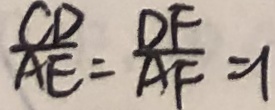
\frac { C D } { A E } = \frac { D F } { A F } = 1